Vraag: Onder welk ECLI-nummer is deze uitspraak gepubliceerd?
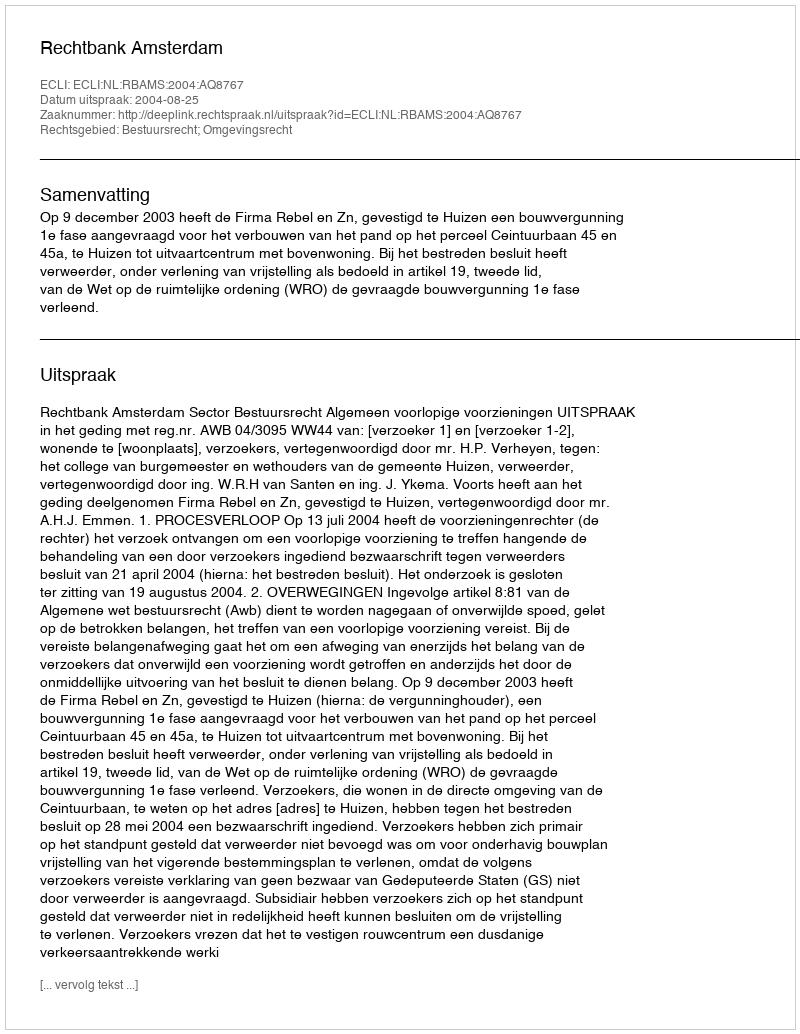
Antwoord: ECLI:NL:RBAMS:2004:AQ8767